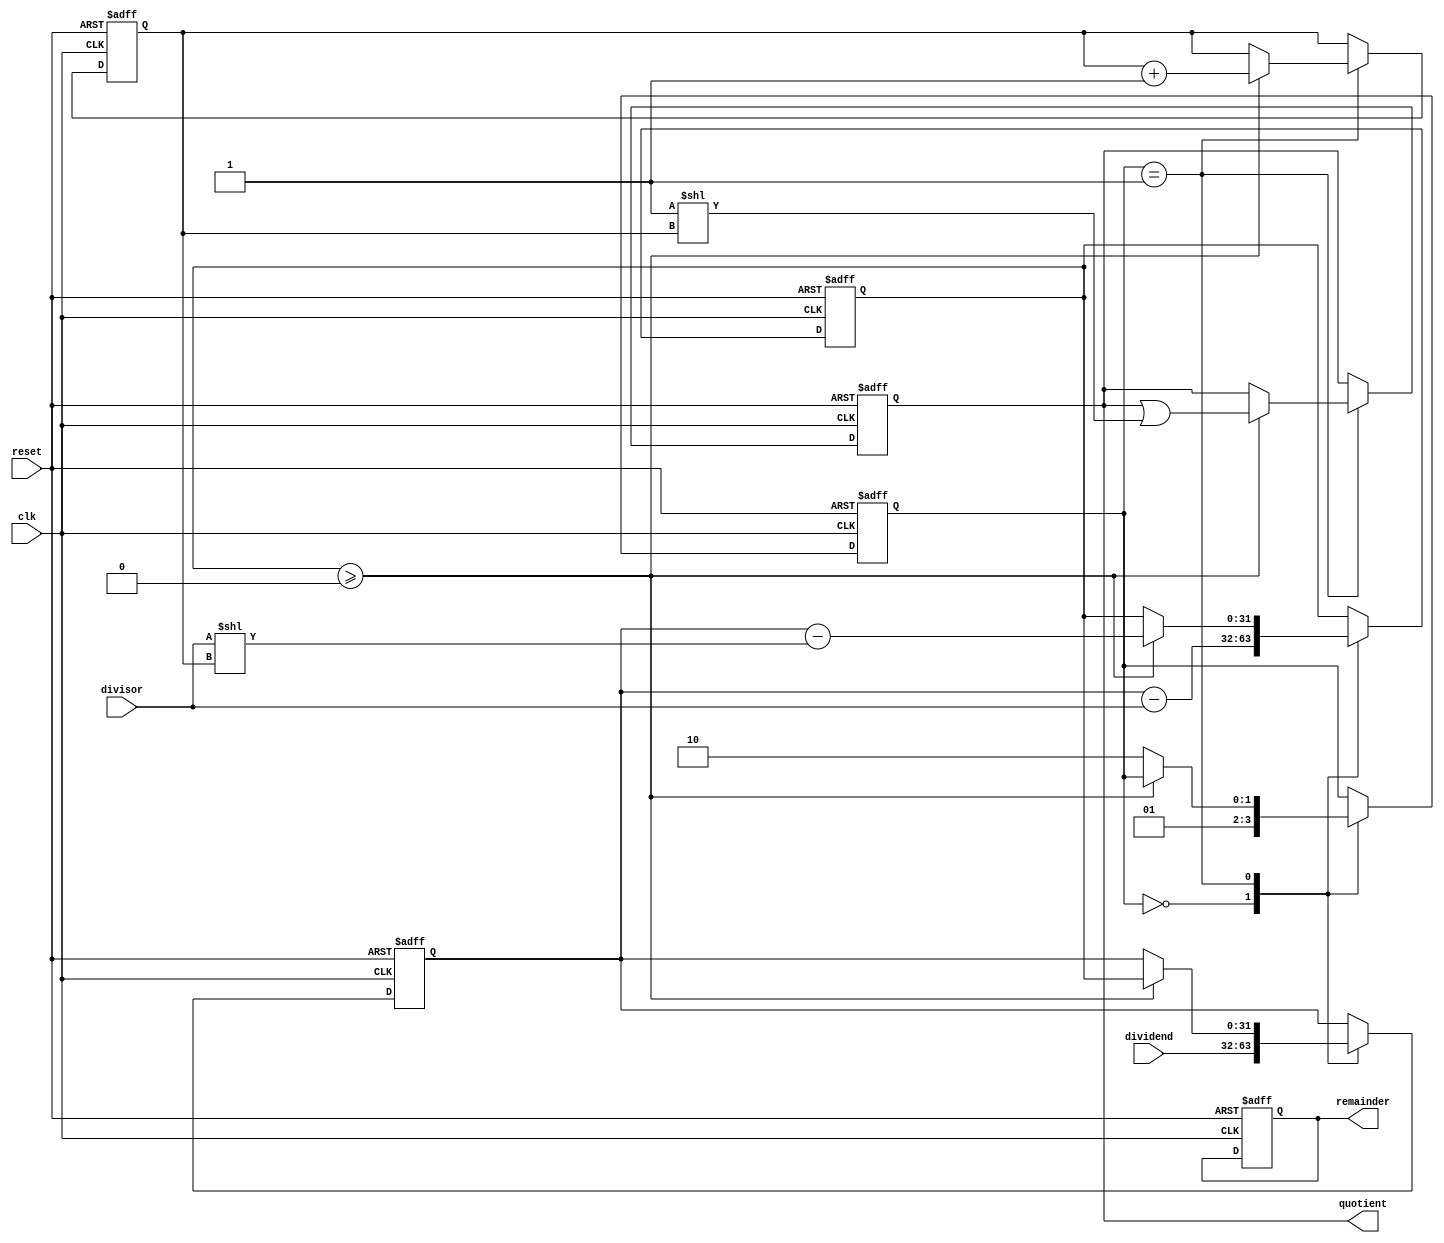
module synchronous_divider (
    input [31:0] dividend,
    input [31:0] divisor,
    input clk,
    input reset,
    output reg [31:0] quotient,
    output reg [31:0] remainder
);

reg [31:0] partial_product;
reg [31:0] subtraction_result;
reg [4:0] shift_cnt;
reg [1:0] state;

always @ (posedge clk or posedge reset) begin
    if (reset) begin
        quotient <= 0;
        remainder <= 0;
        partial_product <= 0;
        subtraction_result <= 0;
        shift_cnt <= 0;
        state <= 0;
    end else begin
        case (state)
            0: begin // initialization
                partial_product <= dividend;
                subtraction_result <= partial_product - divisor;
                state <= 1;
            end
            1: begin // subtraction
                if (subtraction_result >= 0) begin
                    quotient <= quotient | (1 << shift_cnt);
                    partial_product <= subtraction_result;
                    shift_cnt <= shift_cnt + 1;
                    subtraction_result <= partial_product - (divisor << shift_cnt);
                end else begin
                    state <= 2;
                end
            end
            2: begin // done
            end
        endcase
    end
end

endmodule